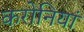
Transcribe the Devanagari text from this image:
करोनियां